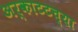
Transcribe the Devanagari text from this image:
अर्काटटच्या